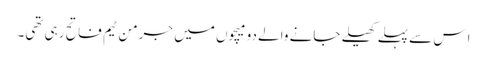
اِس سے پہلے کھیلے جانے والے دو میچوں میں جرمن ٹیم فاتح رہی تھی۔